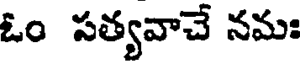
ఓం సత్యవాచే నమః